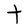
Character: t